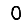
Digit: 0